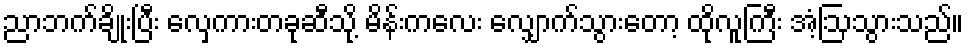
ညာဘက်ချိုးပြီး လှေကားတခုဆီသို့ မိန်းကလေး လျှောက်သွားတော့ ထိုလူကြီး အံ့ဩသွားသည်။